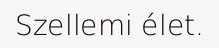
Szellemi élet.